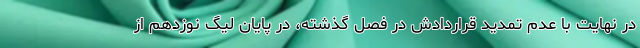
در نهایت با عدم تمدید قراردادش در فصل گذشته، در پایان لیگ نوزدهم از